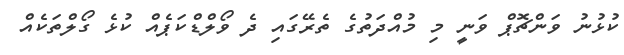
ކުޅުނު ވަންޗޮޕް ވަނީ މި މުއްދަތުގެ ތެރޭގައި ދެ ވޯލްޑްކަޕެއް ކުޅެ ގޯލްތަކެއް